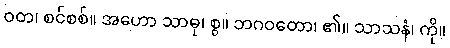
ဝတ၊ စင်စစ်။ အဟော သာဓု၊ စွ။ ဘဂဝတော၊ ၏။ သာသနံ၊ ကို။